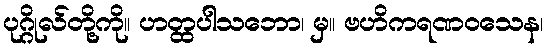
ပုဂ္ဂိုလ်တို့ကို။ ဟတ္ထပါသဘော၊ မှ။ ဗဟိကရဏဝသေန၊